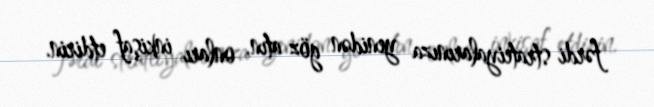
fərdi strateiyalarınıza yenidən göz atın, onları inkişaf etdirin.